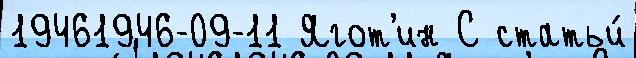
19461946-09-11 Ягот'ин С статьи́